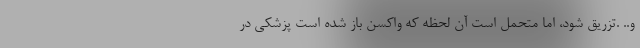
و.. .تزریق شود، اما متحمل است آن لحظه که واکسن باز شده است پزشکی در